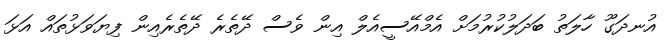
އުނދަގޫ ހާލަތު ބަދަލުކުރުމަށް އެމްއޭސީއެލް އިން ވެސް ދޭތެރެ ދޭތެރެއިން ފިޔަވަޅުތައް އަޅަ